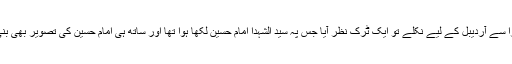
چنانچہ آستارا سے آردیبل کے لیے نکلے تو ایک ٹرک نظر آیا جس پہ سید الشہدا امام حسین لکھا ہوا تھا اور ساتھ ہی امام حسین کی تصویر بھی بنی ہوءی تھی۔